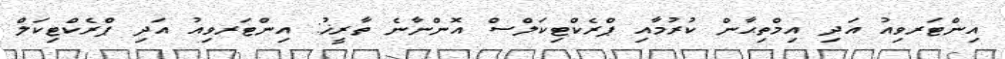
އިންޓަރވިއު އަދި އިމްތިޙާން ކުރުމާއި ޕްރެކްޓިކަލްސް އޮންނާނެ ތާރީޚު: އިންޓަރވިއު އަދި ޕްރެކްޓިކަލް